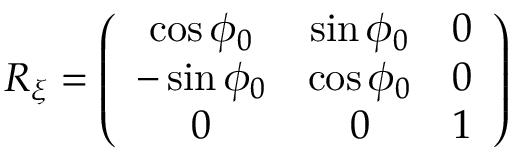
\begin{array} { r } { R _ { \xi } = \left( \begin{array} { c c c } { \cos \phi _ { 0 } } & { \sin \phi _ { 0 } } & { 0 } \\ { - \sin \phi _ { 0 } } & { \cos \phi _ { 0 } } & { 0 } \\ { 0 } & { 0 } & { 1 } \end{array} \right) } \end{array}